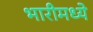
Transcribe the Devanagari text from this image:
भारीमध्ये